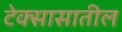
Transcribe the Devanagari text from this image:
टेक्सासातील